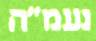
נעמ"ה